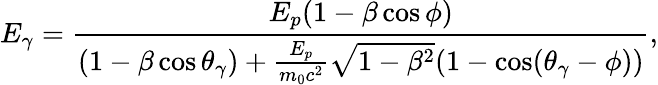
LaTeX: E_{\gamma}=\frac{E_{p}(1-\beta\cos\phi)}{(1-\beta\cos\theta_{\gamma})+\frac{E_{p}}{m_{0}c^{2}}\sqrt{1-\beta^{2}}(1-\cos(\theta_{\gamma}-\phi))},